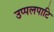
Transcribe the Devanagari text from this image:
उप्पलपाटि